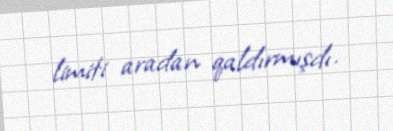
limiti aradan qaldırmışdı.